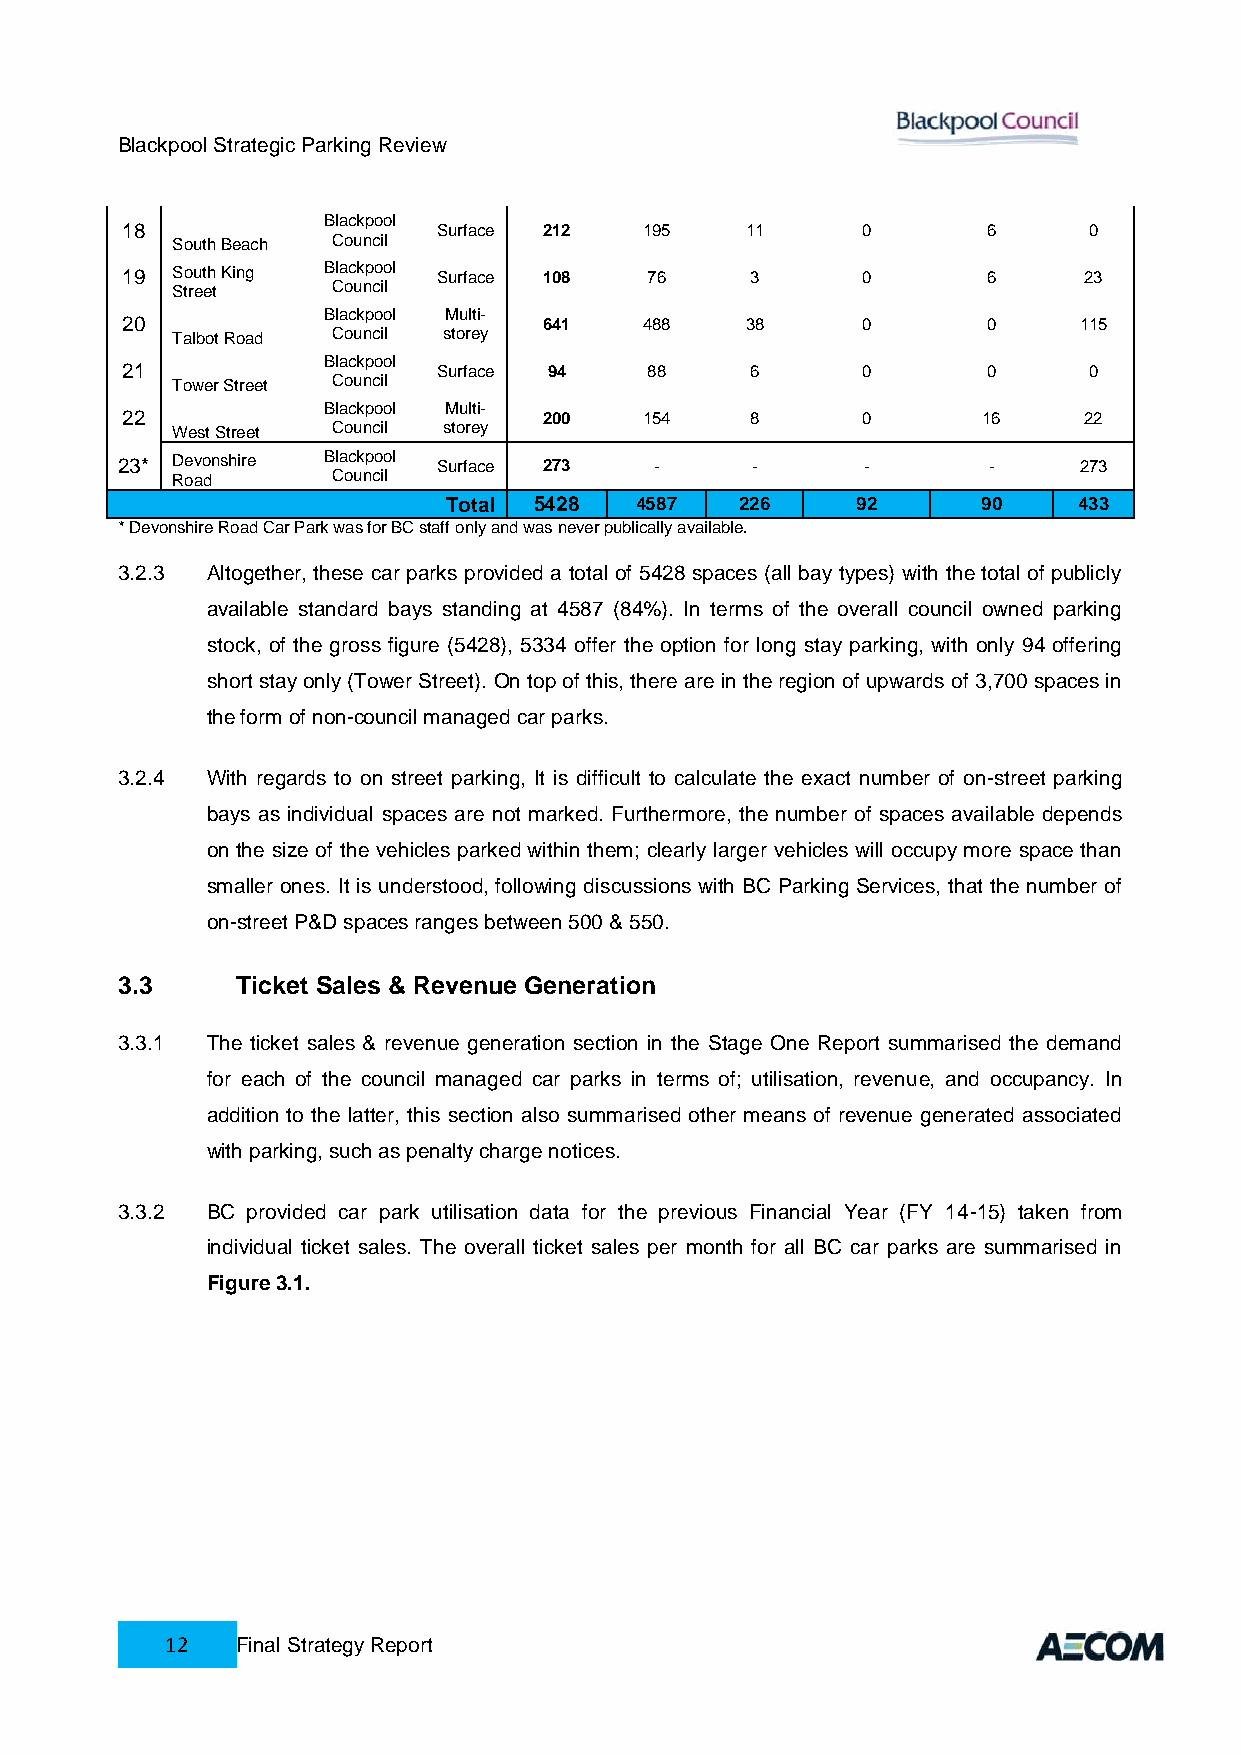
Blackpool Strategic Parking Review
 Blackpool
 18                   Surface 212   195   11      0       6      0
 South Beach Council
 19 South King Blackpool Surface 108 76    3      0       6      23
 Street     Council
 Blackpool Multi-
 20                          641    488   38      0       0     115
 Talbot Road Council storey
 Blackpool
 21                   Surface 94    88     6      0       0      0
 Tower Street Council
 Blackpool Multi-
 22                          200    154    8      0       16     22
 West Street Council storey
 23* Devonshire Blackpool Surface 273 -    -      -       -     273
 Road       Council
 Total 5428   4587   226     92      90    433
 * Devonshire Road Car Park was for BC staff only and was never publically available.
 3.2.3 Altogether, these car parks provided a total of 5428 spaces (all bay types) with the total of publicly
 available standard bays standing at 4587 (84%). In terms of the overall council owned parking
 stock, of the gross figure (5428), 5334 offer the option for long stay parking, with only 94 offering
 short stay only (Tower Street). On top of this, there are in the region of upwards of 3,700 spaces in
 the form of non-council managed car parks.
 3.2.4 With regards to on street parking, It is difficult to calculate the exact number of on-street parking
 bays as individual spaces are not marked. Furthermore, the number of spaces available depends
 on the size of the vehicles parked within them; clearly larger vehicles will occupy more space than
 smaller ones. It is understood, following discussions with BC Parking Services, that the number of
 on-street P&D spaces ranges between 500 & 550.
 3.3     Ticket Sales & Revenue Generation
 3.3.1 The ticket sales & revenue generation section in the Stage One Report summarised the demand
 for each of the council managed car parks in terms of; utilisation, revenue, and occupancy. In
 addition to the latter, this section also summarised other means of revenue generated associated
 with parking, such as penalty charge notices.
 3.3.2 BC provided car park utilisation data for the previous Financial Year (FY 14-15) taken from
 individual ticket sales. The overall ticket sales per month for all BC car parks are summarised in
 Figure 3.1.
 12   Final Strategy Report